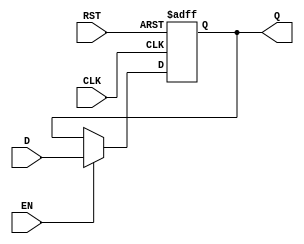
module output_register (
    input wire D,        // Data Input
    input wire CLK,      // Clock Input
    input wire EN,       // Enable Signal
    input wire RST,      // Reset Signal (optional)
    output reg Q         // Data Output
);

// Asynchronous Reset Logic
always @(posedge CLK or posedge RST) begin
    if (RST) begin
        Q <= 1'b0;      // Reset output to 0
    end else if (EN) begin
        Q <= D;         // Update output with data input on enable
    end
    // If EN is low, retain previous value in Q
end

endmodule